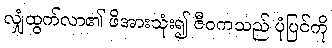
လျှံထွက်လာ၏ ဖိအားသုံး၍ ဇီဝကသည် ပုံပြင်ကို